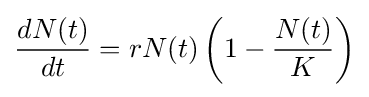
{dN(t) \over dt}=rN(t)\left(1-{\frac {N(t)}{K}}\right)